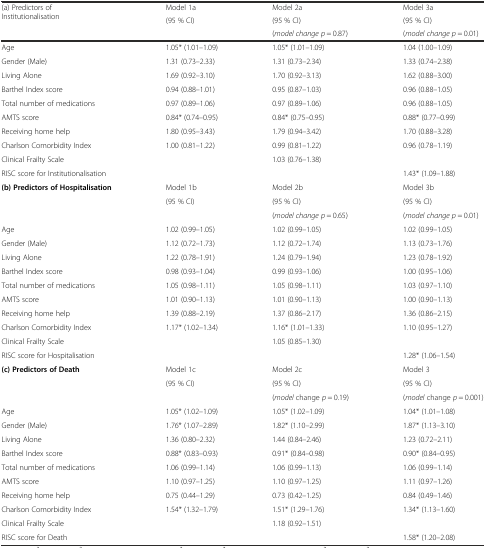
<table><thead><tr><td rowspan="3"><b>(a) Predictors of Institutionalisation</b></td><td><b>Model 1a</b></td><td><b>Model 2a</b></td><td><b>Model 3a</b></td></tr><tr><td rowspan="2"><b>(95 % CI)</b></td><td><b>(95 % CI)</b></td><td><b>(95 % CI)</b></td></tr><tr><td><b>(<i>model change p</i> = 0.87)</b></td><td><b>(<i>model change p</i> = 0.01)</b></td></tr></thead><tbody><tr><td>Age</td><td>1.05* (1.01–1.09)</td><td>1.05* (1.01–1.09)</td><td>1.04 (1.00–1.09)</td></tr><tr><td>Gender (Male)</td><td>1.31 (0.73–2.33)</td><td>1.31 (0.73–2.34)</td><td>1.33 (0.74–2.38)</td></tr><tr><td>Living Alone</td><td>1.69 (0.92–3.10)</td><td>1.70 (0.92–3.13)</td><td>1.62 (0.88–3.00)</td></tr><tr><td>Barthel Index score</td><td>0.94 (0.88–1.01)</td><td>0.95 (0.87–1.03)</td><td>0.96 (0.88–1.05)</td></tr><tr><td>Total number of medications</td><td>0.97 (0.89–1.06)</td><td>0.97 (0.89–1.06)</td><td>0.96 (0.88–1.05)</td></tr><tr><td>AMTS score</td><td>0.84* (0.74–0.95)</td><td>0.84* (0.75–0.95)</td><td>0.88* (0.77–0.99)</td></tr><tr><td>Receiving home help</td><td>1.80 (0.95–3.43)</td><td>1.79 (0.94–3.42)</td><td>1.70 (0.88–3.28)</td></tr><tr><td>Charlson Comorbidity Index</td><td>1.00 (0.81–1.22)</td><td>0.99 (0.81–1.22)</td><td>0.96 (0.78–1.19)</td></tr><tr><td>Clinical Frailty Scale</td><td></td><td>1.03 (0.76–1.38)</td><td></td></tr><tr><td>RISC score for Institutionalisation</td><td></td><td></td><td>1.43* (1.09–1.88)</td></tr><tr><td rowspan="3"><b>(b) Predictors of Hospitalisation</b></td><td>Model 1b</td><td>Model 2b</td><td>Model 3b</td></tr><tr><td rowspan="2">(95 % CI)</td><td>(95 % CI)</td><td>(95 % CI)</td></tr><tr><td>(<i>model change p</i> = 0.65)</td><td>(<i>model change p</i> = 0.01)</td></tr><tr><td>Age</td><td>1.02 (0.99–1.05)</td><td>1.02 (0.99–1.05)</td><td>1.02 (0.99–1.05)</td></tr><tr><td>Gender (Male)</td><td>1.12 (0.72–1.73)</td><td>1.12 (0.72–1.74)</td><td>1.13 (0.73–1.76)</td></tr><tr><td>Living Alone</td><td>1.22 (0.78–1.91)</td><td>1.24 (0.79–1.94)</td><td>1.23 (0.78–1.92)</td></tr><tr><td>Barthel Index score</td><td>0.98 (0.93–1.04)</td><td>0.99 (0.93–1.06)</td><td>1.00 (0.95–1.06)</td></tr><tr><td>Total number of medications</td><td>1.05 (0.98–1.11)</td><td>1.05 (0.98–1.11)</td><td>1.03 (0.97–1.10)</td></tr><tr><td>AMTS score</td><td>1.01 (0.90–1.13)</td><td>1.01 (0.90–1.13)</td><td>1.00 (0.90–1.13)</td></tr><tr><td>Receiving home help</td><td>1.39 (0.88–2.19)</td><td>1.37 (0.86–2.17)</td><td>1.36 (0.86–2.15)</td></tr><tr><td>Charlson Comorbidity Index</td><td>1.17* (1.02–1.34)</td><td>1.16* (1.01–1.33)</td><td>1.10 (0.95–1.27)</td></tr><tr><td>Clinical Frailty Scale</td><td></td><td>1.05 (0.85–1.30)</td><td></td></tr><tr><td>RISC score for Hospitalisation</td><td></td><td></td><td>1.28* (1.06–1.54)</td></tr><tr><td rowspan="3"><b>(c) Predictors of Death</b></td><td>Model 1c</td><td>Model 2c</td><td>Model 3</td></tr><tr><td rowspan="2">(95 % CI)</td><td>(95 % CI)</td><td>(95 % CI)</td></tr><tr><td>(<i>model</i> change <i>p</i> = 0.19)</td><td>(<i>model</i> change <i>p</i> = 0.001)</td></tr><tr><td>Age</td><td>1.05* (1.02–1.09)</td><td>1.05* (1.02–1.09)</td><td>1.04* (1.01–1.08)</td></tr><tr><td>Gender (Male)</td><td>1.76* (1.07–2.89)</td><td>1.82* (1.10–2.99)</td><td>1.87* (1.13–3.10)</td></tr><tr><td>Living Alone</td><td>1.36 (0.80–2.32)</td><td>1.44 (0.84–2.46)</td><td>1.23 (0.72–2.11)</td></tr><tr><td>Barthel Index score</td><td>0.88* (0.83–0.93)</td><td>0.91* (0.84–0.98)</td><td>0.90* (0.84–0.95)</td></tr><tr><td>Total number of medications</td><td>1.06 (0.99–1.14)</td><td>1.06 (0.99–1.13)</td><td>1.06 (0.99–1.14)</td></tr><tr><td>AMTS score</td><td>1.10 (0.97–1.25)</td><td>1.10 (0.97–1.25)</td><td>1.11 (0.97–1.26)</td></tr><tr><td>Receiving home help</td><td>0.75 (0.44–1.29)</td><td>0.73 (0.42–1.25)</td><td>0.84 (0.49–1.46)</td></tr><tr><td>Charlson Comorbidity Index</td><td>1.54* (1.32–1.79)</td><td>1.51* (1.29–1.76)</td><td>1.34* (1.13–1.60)</td></tr><tr><td>Clinical Frailty Scale</td><td></td><td>1.18 (0.92–1.51)</td><td></td></tr><tr><td>RISC score for Death</td><td></td><td></td><td>1.58* (1.20–2.08)</td></tr></tbody></table>